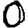
Digit: 0